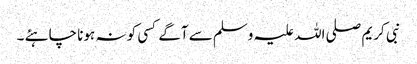
نبی کریم صلی اللہ علیہ وسلم سے آگے کسی کو نہ ہونا چاہئے ۔